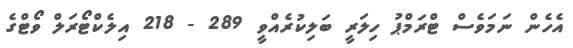
އެހެން ނަމަވެސް ޓްރަމްޕު ހިލަރީ ބަލިކުރެއްވީ 289 - 218 އިލެކްޓޯރަލް ވޯޓްގެ